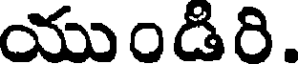
యుండిరి.